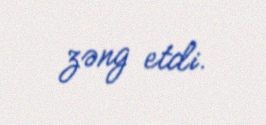
zəng etdi.